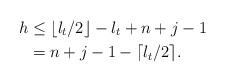
LaTeX: \begin{align*}h&\leq \lfloor\l_t/2\rfloor - \l_t+n+j-1 \\&=n+j-1-\lceil\l_t/2\rceil. \end{align*}